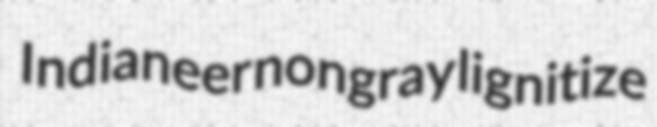
Indianeer nongray lignitize